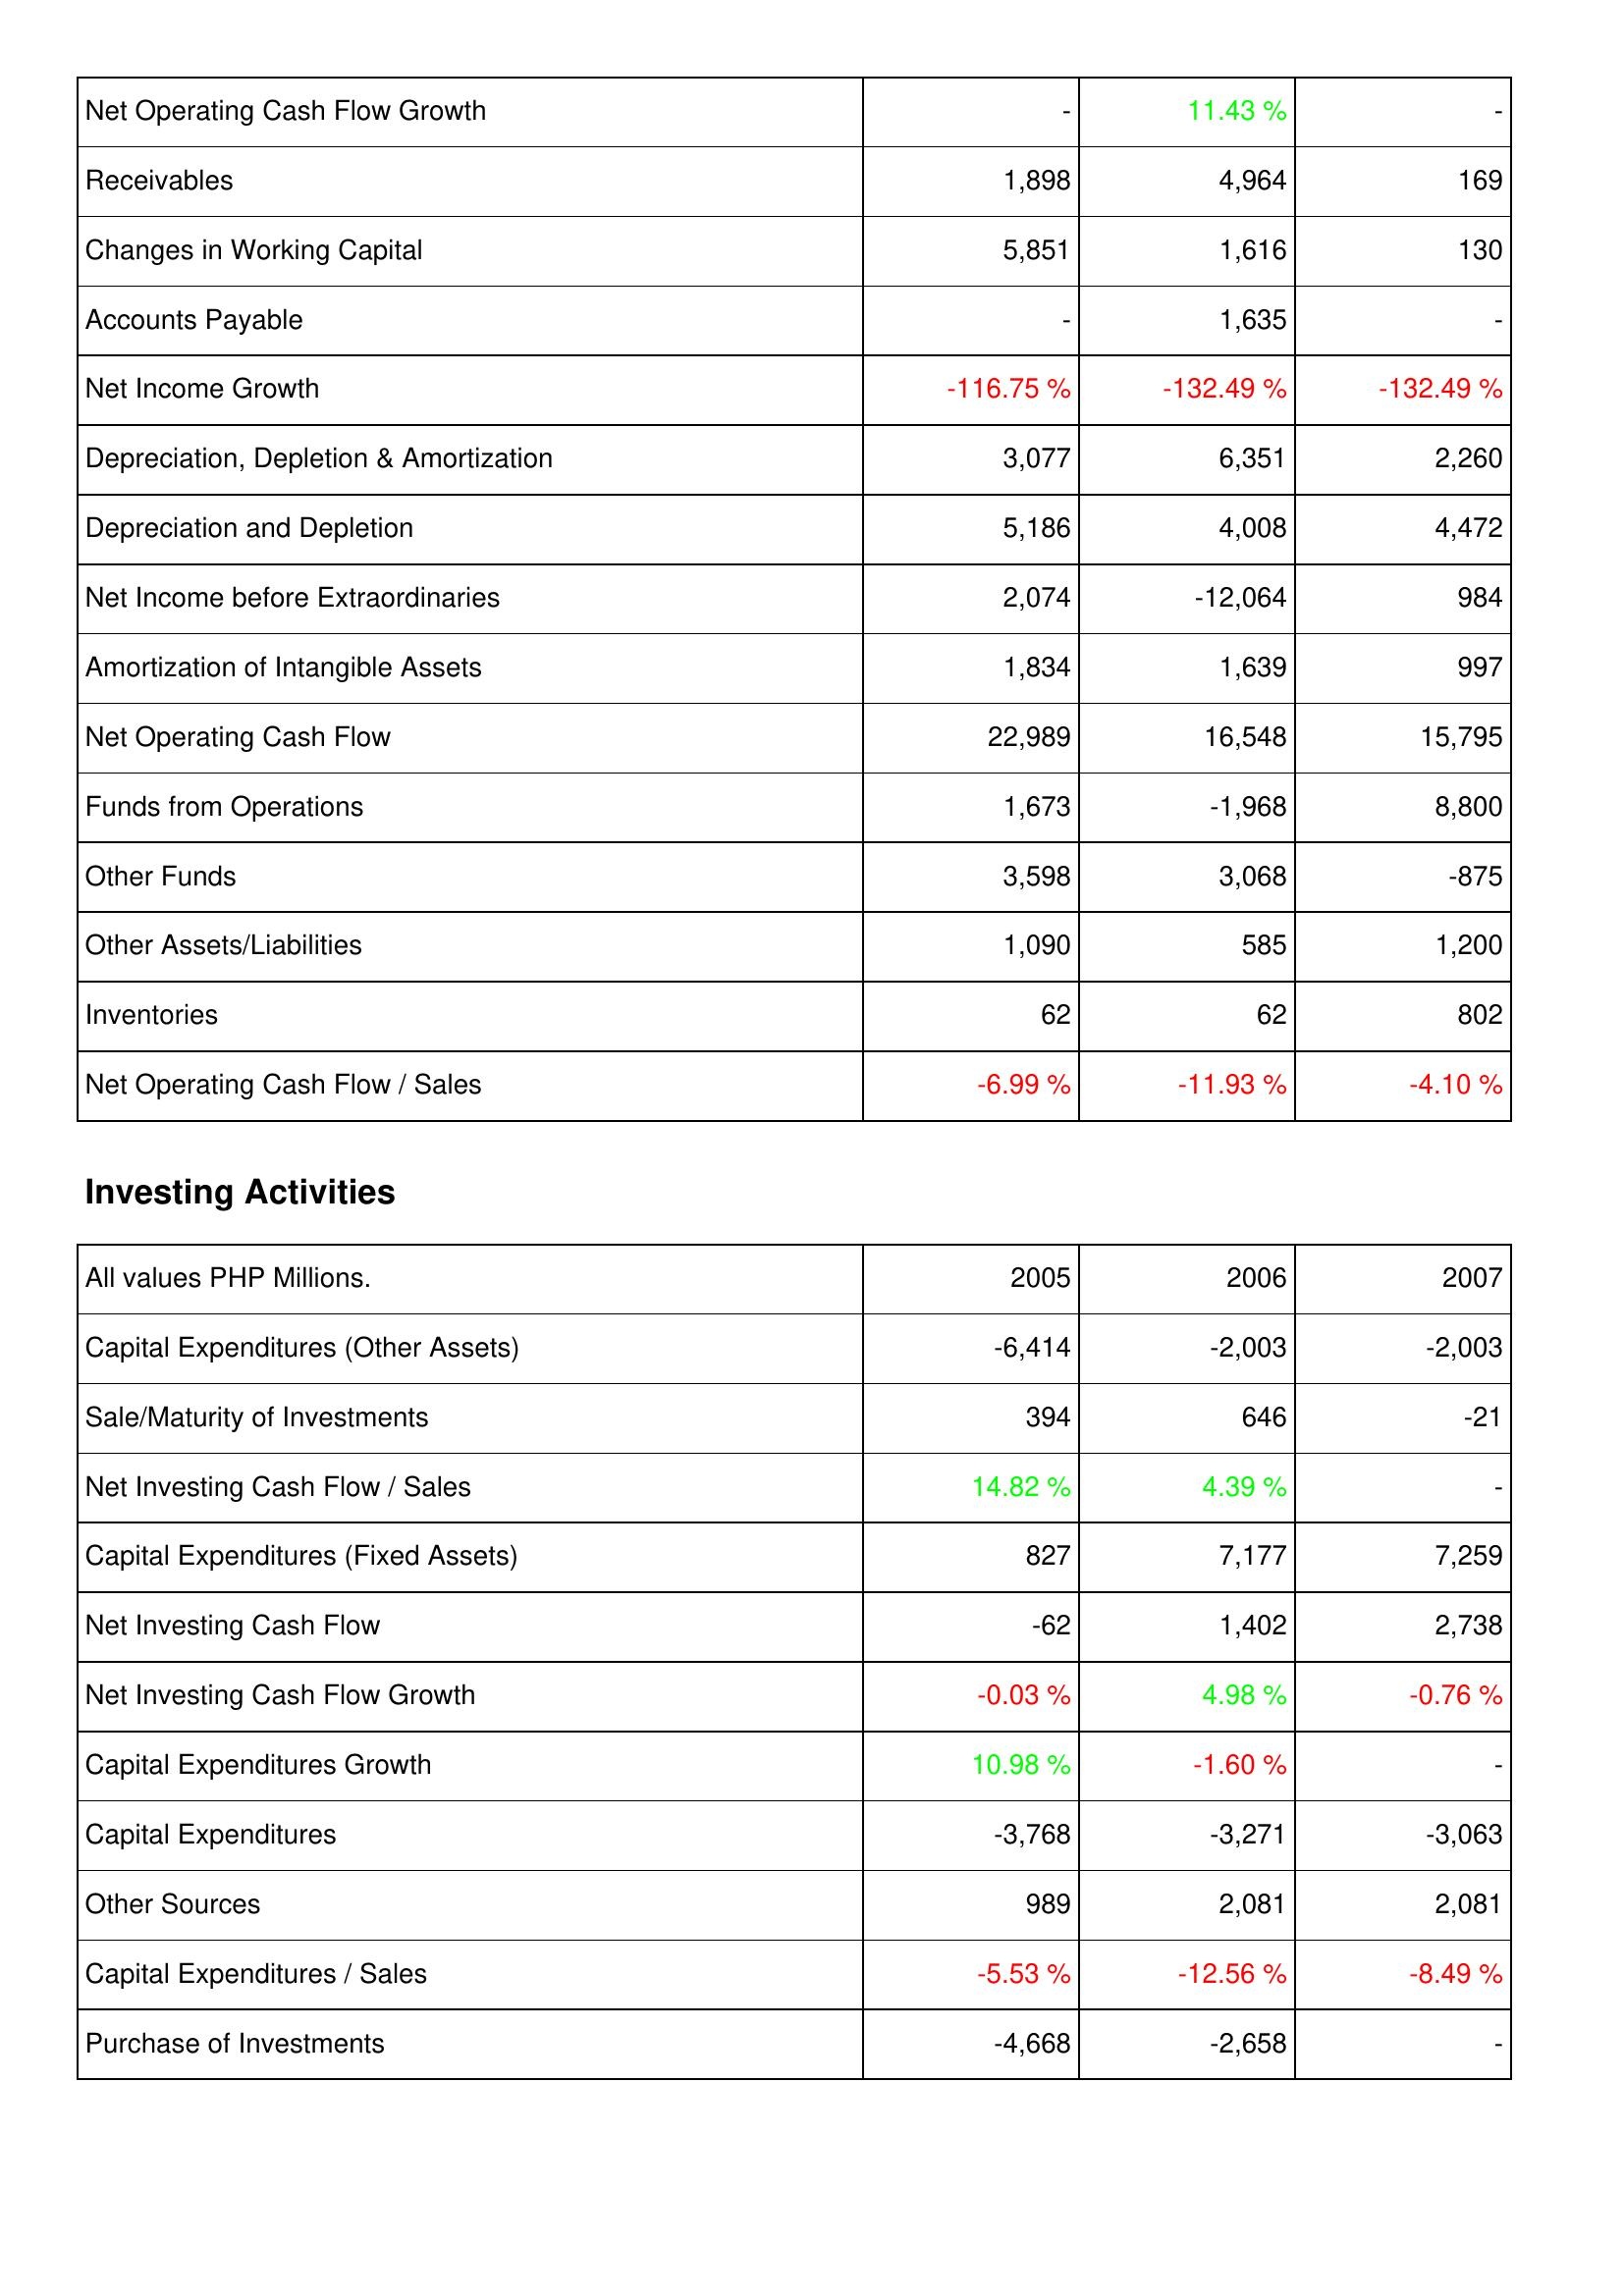
2005: Operating Activities: Net Operating Cash Flow Growth: -
Receivables: 1,898
Changes in Working Capital: 5,851
Accounts Payable: -
Net Income Growth: -116.75 %
Depreciation, Depletion & Amortization: 3,077
Depreciation and Depletion: 5,186
Net Income before Extraordinaries: 2,074
Amortization of Intangible Assets: 1,834
Net Operating Cash Flow: 22,989
Funds from Operations: 1,673
Other Funds: 3,598
Other Assets/Liabilities: 1,090
Inventories: 62
Net Operating Cash Flow / Sales: -6.99 %
Investing Activities: Capital Expenditures (Other Assets): -6,414
Sale/Maturity of Investments: 394
Net Investing Cash Flow / Sales: 14.82 %
Capital Expenditures (Fixed Assets): 827
Net Investing Cash Flow: -62
Net Investing Cash Flow Growth: -0.03 %
Capital Expenditures Growth: 10.98 %
Capital Expenditures: -3,768
Other Sources: 989
Capital Expenditures / Sales: -5.53 %
Purchase of Investments: -4,668
2006: Operating Activities: Net Operating Cash Flow Growth: 11.43 %
Receivables: 4,964
Changes in Working Capital: 1,616
Accounts Payable: 1,635
Net Income Growth: -132.49 %
Depreciation, Depletion & Amortization: 6,351
Depreciation and Depletion: 4,008
Net Income before Extraordinaries: -12,064
Amortization of Intangible Assets: 1,639
Net Operating Cash Flow: 16,548
Funds from Operations: -1,968
Other Funds: 3,068
Other Assets/Liabilities: 585
Inventories: 62
Net Operating Cash Flow / Sales: -11.93 %
Investing Activities: Capital Expenditures (Other Assets): -2,003
Sale/Maturity of Investments: 646
Net Investing Cash Flow / Sales: 4.39 %
Capital Expenditures (Fixed Assets): 7,177
Net Investing Cash Flow: 1,402
Net Investing Cash Flow Growth: 4.98 %
Capital Expenditures Growth: -1.60 %
Capital Expenditures: -3,271
Other Sources: 2,081
Capital Expenditures / Sales: -12.56 %
Purchase of Investments: -2,658
2007: Operating Activities: Net Operating Cash Flow Growth: -
Receivables: 169
Changes in Working Capital: 130
Accounts Payable: -
Net Income Growth: -132.49 %
Depreciation, Depletion & Amortization: 2,260
Depreciation and Depletion: 4,472
Net Income before Extraordinaries: 984
Amortization of Intangible Assets: 997
Net Operating Cash Flow: 15,795
Funds from Operations: 8,800
Other Funds: -875
Other Assets/Liabilities: 1,200
Inventories: 802
Net Operating Cash Flow / Sales: -4.10 %
Investing Activities: Capital Expenditures (Other Assets): -2,003
Sale/Maturity of Investments: -21
Net Investing Cash Flow / Sales: -
Capital Expenditures (Fixed Assets): 7,259
Net Investing Cash Flow: 2,738
Net Investing Cash Flow Growth: -0.76 %
Capital Expenditures Growth: -
Capital Expenditures: -3,063
Other Sources: 2,081
Capital Expenditures / Sales: -8.49 %
Purchase of Investments: -